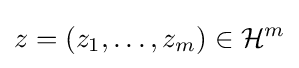
z=(z_{1},\ldots ,z_{m})\in {\mathcal {H}}^{m}